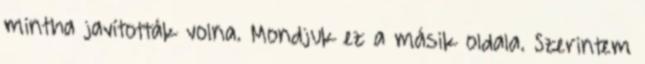
mintha javították volna. Mondjuk ez a másik oldala. Szerintem